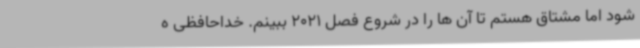
شود اما مشتاق هستم تا آن ها را در شروع فصل 2021 ببینم. خداحافظی ه